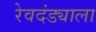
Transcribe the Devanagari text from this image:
रेवदंड्याला